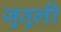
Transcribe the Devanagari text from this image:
जुतूली